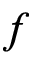
f